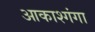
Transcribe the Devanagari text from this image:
आकाश्गंगा